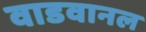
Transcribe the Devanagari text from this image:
वाडवानल